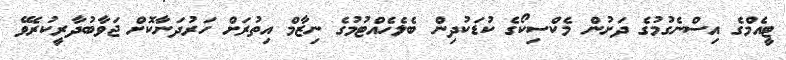
ޓީއެމްގެ އިސްނެގުމުގެ ދަށުން މެކްސިކޯގެ ކުޑަކުދިން ބެލެހެއްޓުމުގެ ނިޒާމް އިތުރަށް ހަރުދަނާކޮށް ޖަވާބުދާރީކުރެވޭ